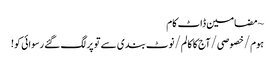
~ مضامین ڈاٹ کام
ہوم/خصوصی/آج کا کالم/نوٹ بندی سے تو پر لگ گئے رسوائی کو!